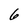
Character: 6